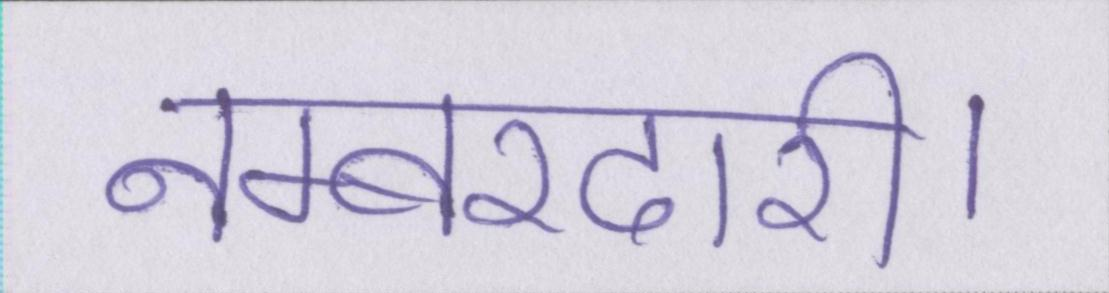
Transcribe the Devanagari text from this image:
नम्बरदारी।